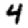
Digit: 4